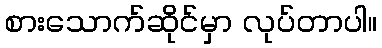
စားသောက်ဆိုင်မှာ လုပ်တာပါ။